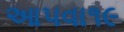
આ૫વા૧૯